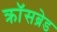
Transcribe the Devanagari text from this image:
क्रॉसब्रेड